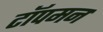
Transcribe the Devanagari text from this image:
टॉपमन